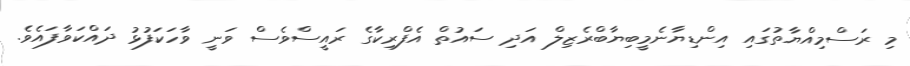
މި ރަސްމިއްޔާތުގައި އިންޑިޔާނެމީބިޔާބްރެޒިލް އަދި ސައުތް އެފްރިކާގެ ރައީސްވެސް ވަނީ ވާހަކަފުޅު ދައްކަވާފައެވެ.